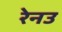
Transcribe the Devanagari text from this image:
रेनउ